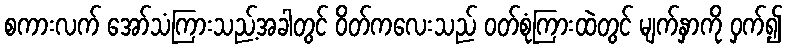
စကားလက် အော်သံကြားသည့်အခါတွင် ဝိတ်ကလေးသည် ဝတ်စုံကြားထဲတွင် မျက်နှာကို ဝှက်၍